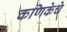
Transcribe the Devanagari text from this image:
कणिकेचे